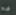
ليرة